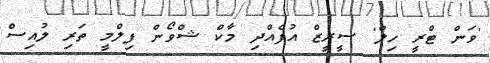
'ވަން ޓްރީ ހިލް' ސީރީޒް އުފެއްދި މާކް ޝްވޯން ފިލްމީ ތަރި ލުއިސް